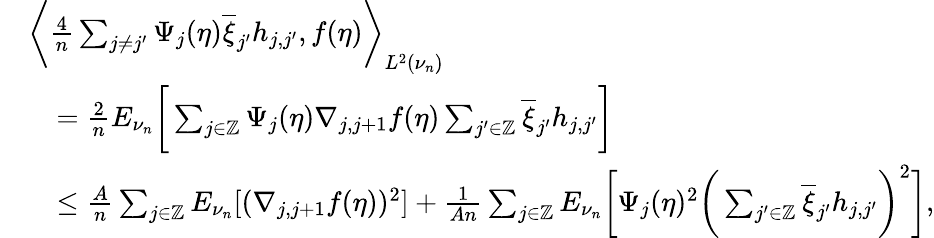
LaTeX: \begin{array}{rl}&{\bigg\langle\frac{4}{n}\sum_{j\neq j^{\prime}}\Psi_{j}(\eta)\overline{{\xi}}_{j^{\prime}}h_{j,j^{\prime}},f(\eta)\bigg\rangle_{L^{2}(\nu_{n})}}\\ &{\quad=\frac{2}{n}E_{\nu_{n}}\bigg[\sum_{j\in\mathbb{Z}}\Psi_{j}(\eta)\nabla_{j,j+1}f(\eta)\sum_{j^{\prime}\in\mathbb{Z}}\overline{{\xi}}_{j^{\prime}}h_{j,j^{\prime}}\bigg]}\\ &{\quad\le\frac{A}{n}\sum_{j\in\mathbb{Z}}E_{\nu_{n}}[(\nabla_{j,j+1}f(\eta))^{2}]+\frac{1}{An}\sum_{j\in\mathbb{Z}}E_{\nu_{n}}\bigg[\Psi_{j}(\eta)^{2}\bigg(\sum_{j^{\prime}\in\mathbb{Z}}\overline{{\xi}}_{j^{\prime}}h_{j,j^{\prime}}\bigg)^{2}\bigg],}\end{array}